Document type: Emphyteutic lease
Year: 1333
Scribe: Berenguer Simó
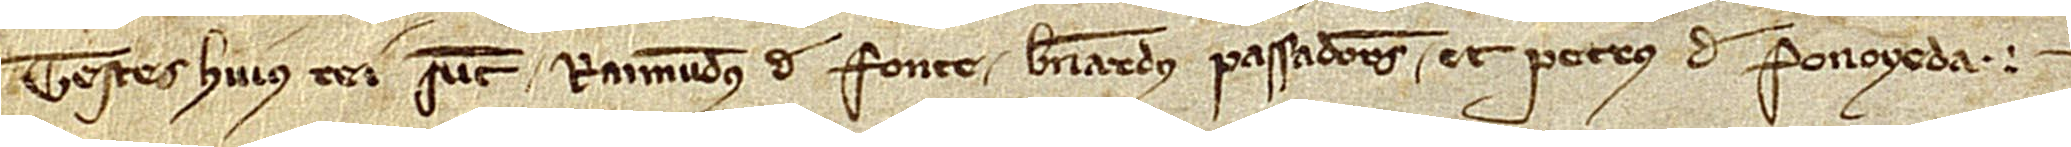
Testes huius rei sunt: Raimundus de Fonte, Bernardus Passadores et Petrus de Fonoyeda.